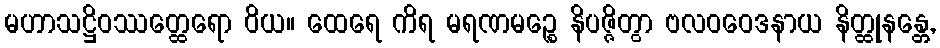
မဟာသဋ္ဌိဝဿတ္ထေရော ဝိယ။ ထေရေ ကိရ မရဏမဉ္စေ နိပဇ္ဇိတွာ ဗလဝဝေဒနာယ နိတ္ထုနန္တေ,